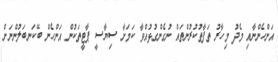
އަންހެންނާއި މެދު މިހާރު ތަފާތުކުރުންތައް ނުގެންގުޅުއްވާ ކަމަށާ ސިޔާސީ ޕާޓީތަކުން އަންހެން ބޭކަނބަލުންނަށް